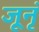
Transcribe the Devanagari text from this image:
जूनृं